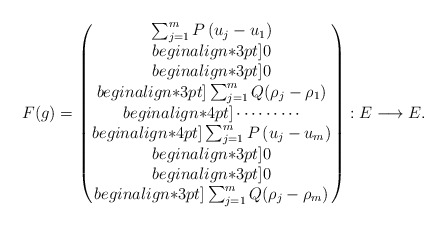
\begin{align*} F(g) =\begin{pmatrix} \sum_{j = 1}^m P \,(u_j - u_1) \\begin{align*}3pt]0 \\begin{align*}3pt]0 \\begin{align*}3pt]\sum_{j = 1}^m Q (\rho_j - \rho_1) \\begin{align*}4pt]\cdots \cdots \cdots \\begin{align*}4pt] \sum_{j = 1}^m P \,(u_j - u_m) \\begin{align*}3pt]0 \\begin{align*}3pt]0 \\begin{align*}3pt] \sum_{j = 1}^m Q (\rho_j - \rho_m)\end{pmatrix}: E \longrightarrow E .\end{align*}